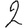
Digit: 2